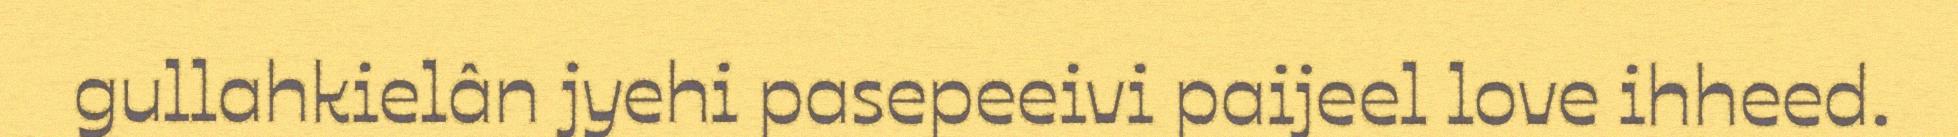
gullahkielân jyehi pasepeeivi paijeel love ihheed.